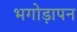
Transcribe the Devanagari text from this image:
भगोड़ापन